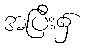
အပြီး၌